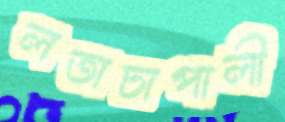
লতাচাপালী